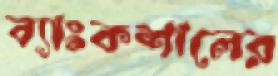
ব্যাংকশালের